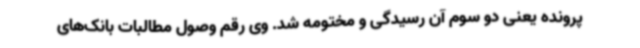
پرونده یعنی دو سوم آن رسیدگی و مختومه شد. وی رقم وصول مطالبات بانک‌های